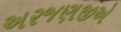
અરજણજીએ